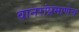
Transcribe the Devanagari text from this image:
वानरांप्रमाणेच